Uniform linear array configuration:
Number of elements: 8
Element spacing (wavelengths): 0.75
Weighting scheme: cosine
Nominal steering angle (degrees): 0
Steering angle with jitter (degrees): -0.5874
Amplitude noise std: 0.05
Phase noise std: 0.05

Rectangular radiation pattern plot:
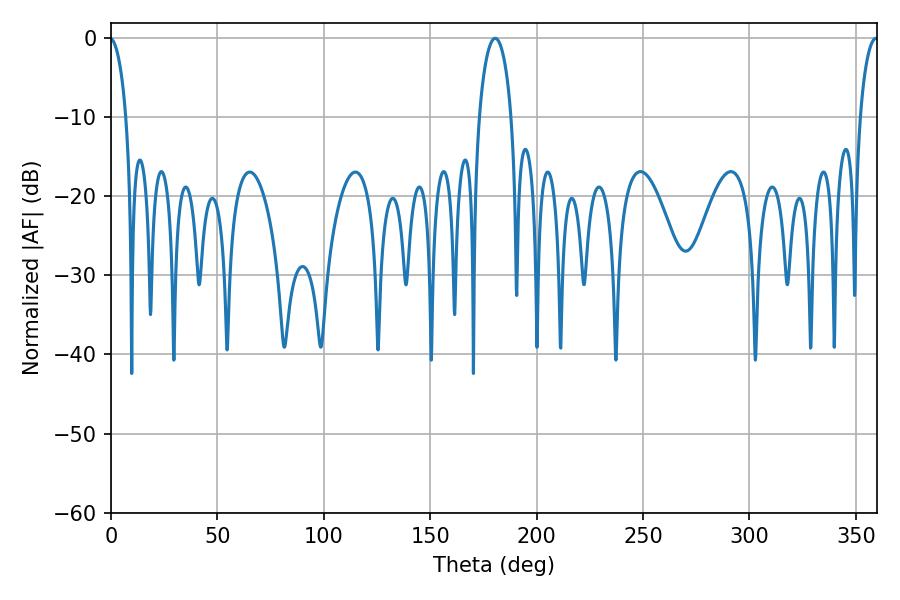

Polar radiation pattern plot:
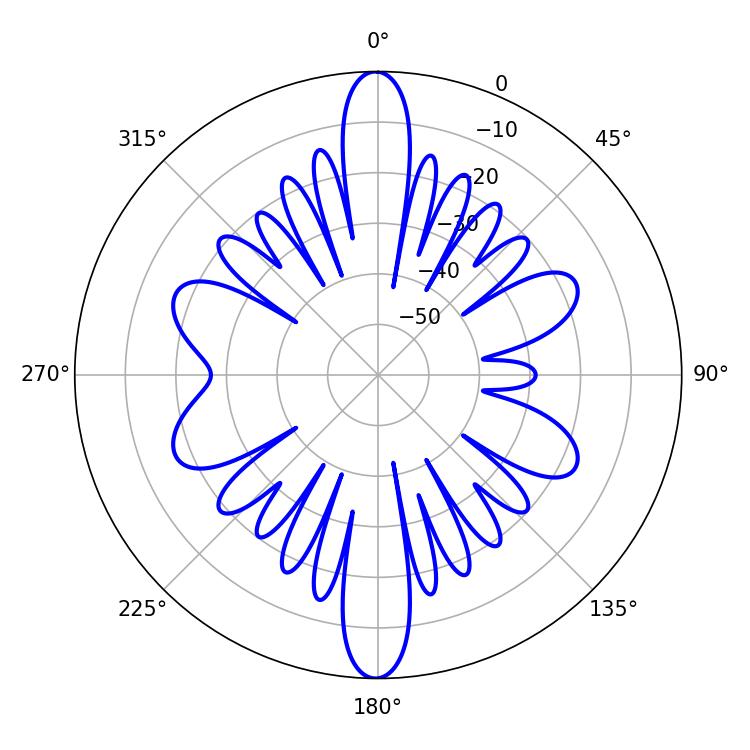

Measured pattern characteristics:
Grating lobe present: TRUE
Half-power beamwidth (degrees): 8.64
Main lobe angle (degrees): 180.54